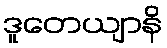
ဒူတေယျာနိ